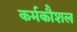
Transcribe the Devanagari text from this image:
कर्मकौशल